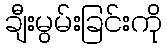
ချီးမွမ်းခြင်းကို